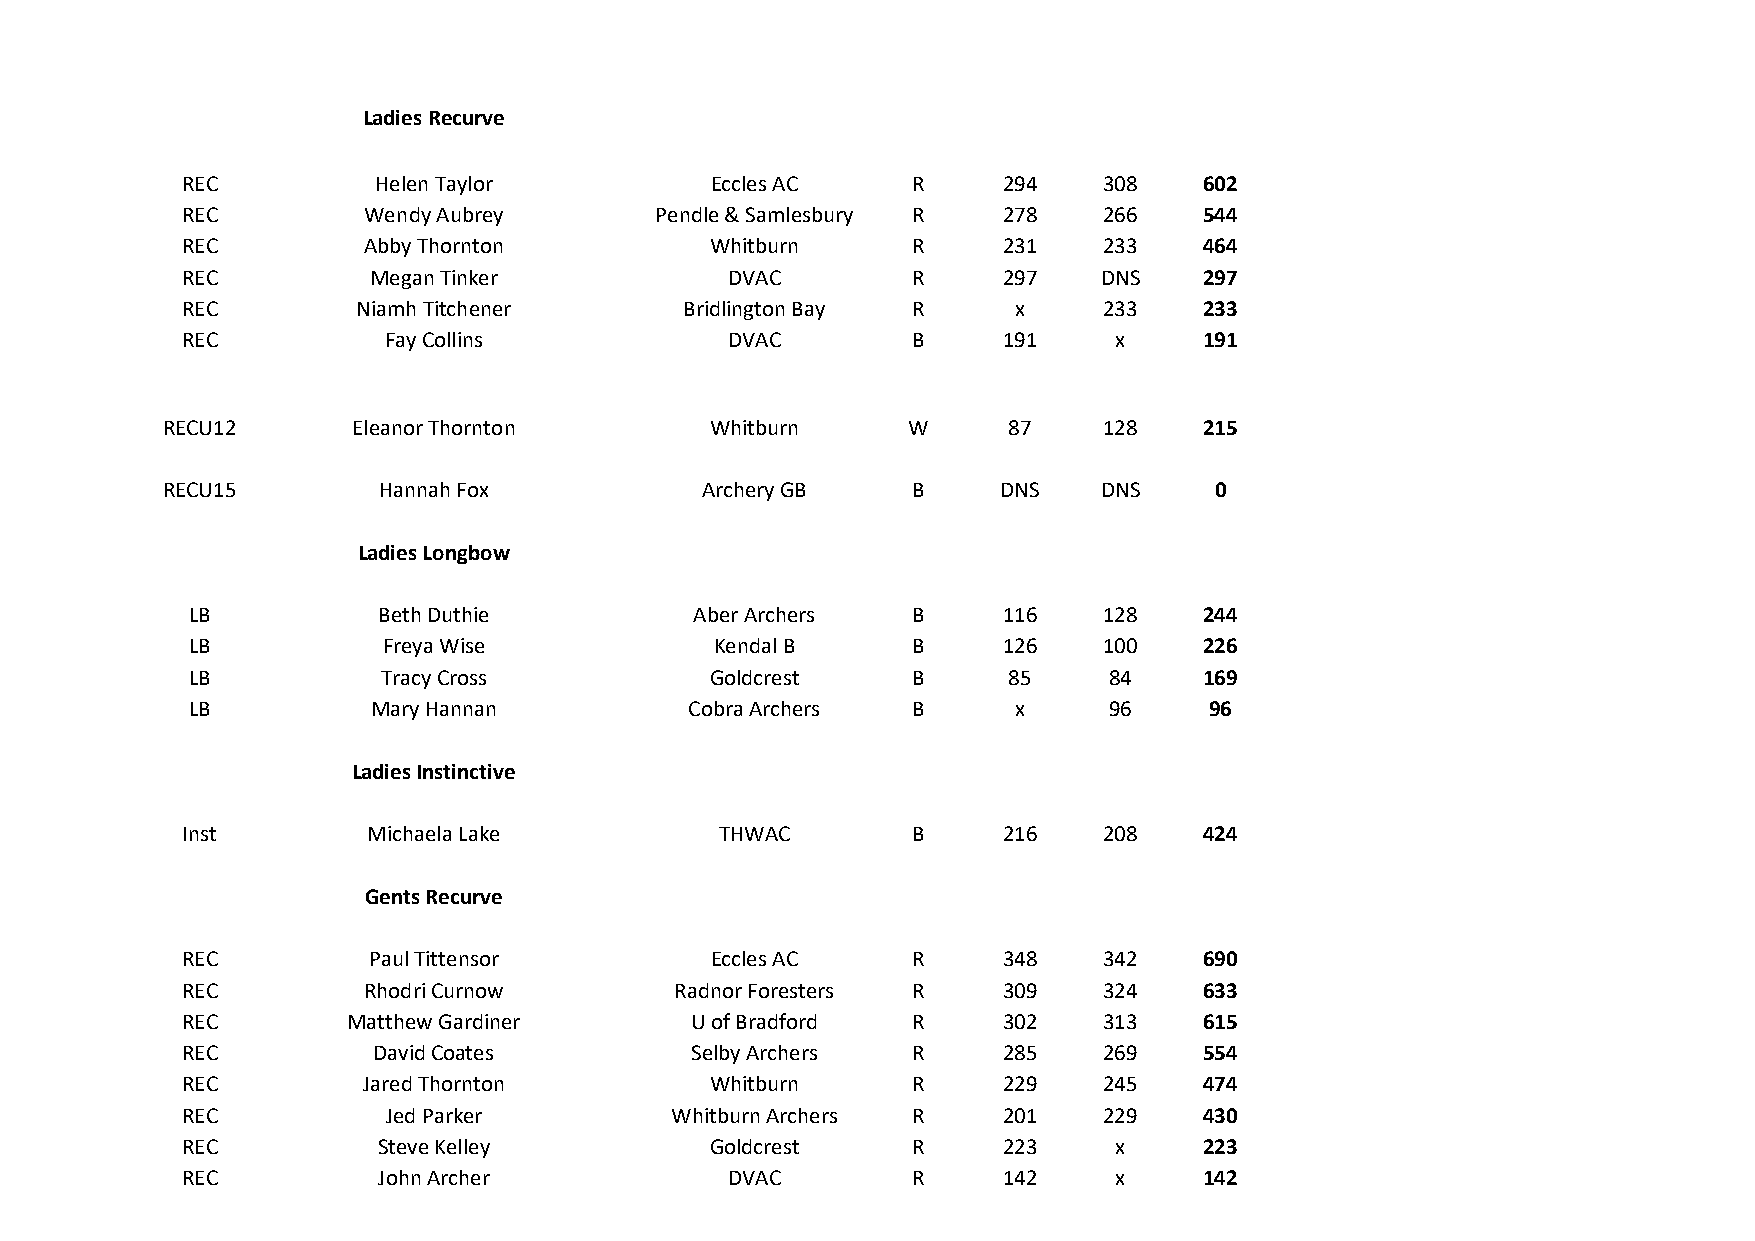
Ladies Recurve
 REC          Helen Taylor          Eccles AC    R     294    308    602
 REC         Wendy Aubrey       Pendle & Samlesbury R  278    266    544
 REC         Abby Thornton          Whitburn     R     231    233    464
 REC         Megan Tinker            DVAC        R     297    DNS    297
 REC         Niamh Titchener      Bridlington Bay R     x     233    233
 REC          Fay Collins            DVAC        B     191     x     191
 RECU12      Eleanor Thornton        Whitburn     W      87    128    215
 RECU15        Hannah Fox           Archery GB    B     DNS    DNS    0
 Ladies Longbow
 LB           Beth Duthie          Aber Archers  B     116    128    244
 LB           Freya Wise            Kendal B     B     126    100    226
 LB           Tracy Cross           Goldcrest    B      85    84     169
 LB           Mary Hannan          Cobra Archers B      x     96     96
 Ladies Instinctive
 Inst        Michaela Lake           THWAC       B     216    208    424
 Gents Recurve
 REC         Paul Tittensor         Eccles AC    R     348    342    690
 REC         Rhodri Curnow        Radnor Foresters R   309    324    633
 REC        Matthew Gardiner       U of Bradford R     302    313    615
 REC          David Coates         Selby Archers R     285    269    554
 REC         Jared Thornton         Whitburn     R     229    245    474
 REC           Jed Parker        Whitburn Archers R    201    229    430
 REC          Steve Kelley          Goldcrest    R     223     x     223
 REC          John Archer            DVAC        R     142     x     142